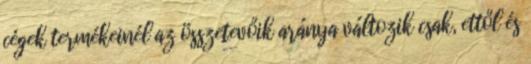
cégek termékeinél az összetevőik aránya változik csak, ettől és